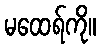
မထေရ်ကို။